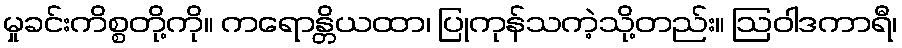
မှုခင်းကိစ္စတို့ကို။ ကရောန္တိယထာ၊ ပြုကုန်သကဲ့သို့တည်း။ ဩဝါဒကာရီ၊